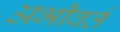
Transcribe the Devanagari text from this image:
अभीवर्त